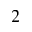
2